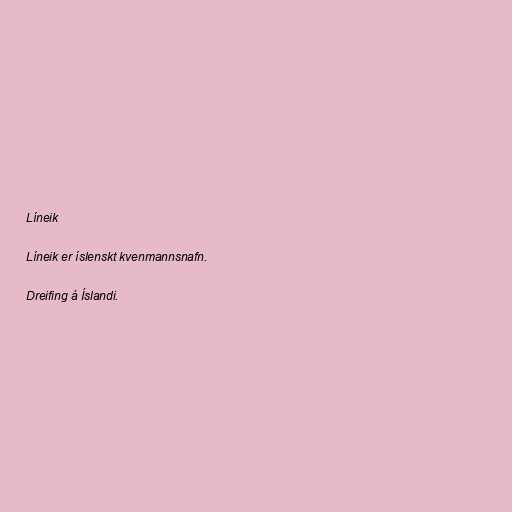
Líneik

Líneik er íslenskt kvenmannsnafn.

Dreifing á Íslandi.